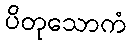
ပိတုသောကံ